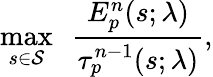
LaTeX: \operatorname*{max}_{s\in\mathcal{S}}~~\frac{E_{p}^{n}(s;\lambda)}{\tau_{p}^{n-1}(s;\lambda)},